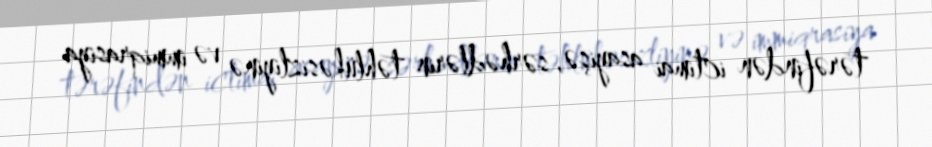
tərəfindən ictimai asayişə, sərhədlərin təhlükəsizliyinə və immiqrasiya